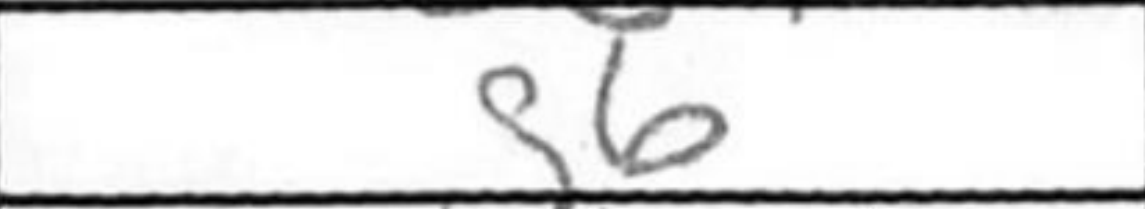
Transcription: g6